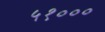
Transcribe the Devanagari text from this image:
५१०००